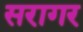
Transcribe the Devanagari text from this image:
सरागर